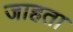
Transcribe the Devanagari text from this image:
जाहता